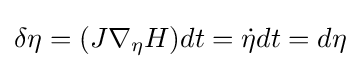
\delta \eta =(J\nabla _{\eta }H)dt={\dot {\eta }}dt=d\eta